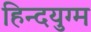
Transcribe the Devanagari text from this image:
हिन्दयुग्म